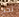
نجح